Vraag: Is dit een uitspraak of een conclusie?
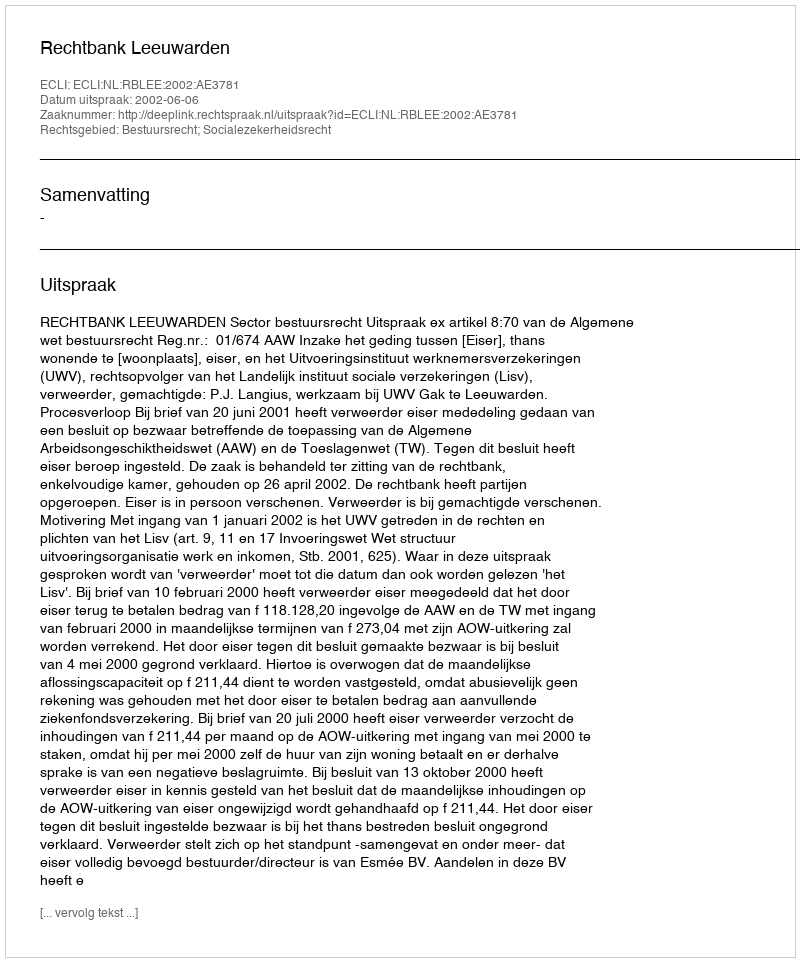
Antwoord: Uitspraak